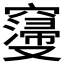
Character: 𮄝